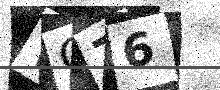
Text: WO76